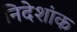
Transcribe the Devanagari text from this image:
निदेशांक